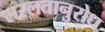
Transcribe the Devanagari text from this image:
सरलतानुरोध